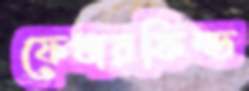
ফেথারফিল্ড